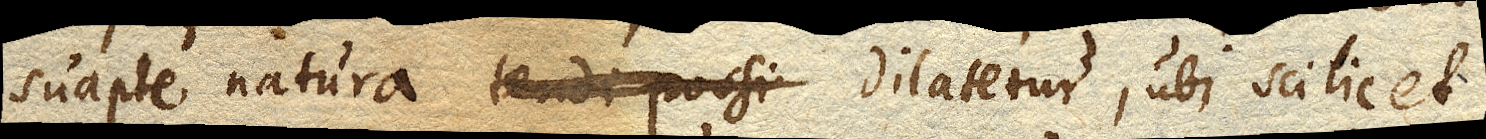
suapte natura tendi possi dilatetur, ubi scilicet